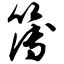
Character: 簿